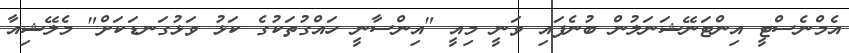
އެމްނެސްޓީ އިންޓަނޭޝަނަލުން ބުނެފައި ވަނީ މިއީ "އިންސާނީ ހައްގުތަކުގެ ކަޅު ވަޅުގަނޑަކަށް" މެލޭޝިއާ